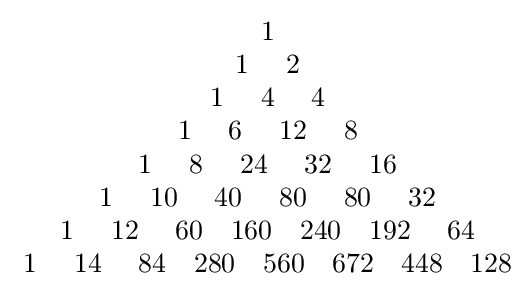
{\begin{matrix}{\text{  1}}\\{\text{  1}}\quad {\text{  2}}\\{\text{  1}}\quad {\text{  4}}\quad {\text{  4}}\\{\text{  1}}\quad {\text{  6}}\quad {\text{ 12}}\quad {\text{  8}}\\{\text{  1}}\quad {\text{  8}}\quad {\text{ 24}}\quad {\text{ 32}}\quad {\text{ 16}}\\{\text{  1}}\quad {\text{ 10}}\quad {\text{ 40}}\quad {\text{ 80}}\quad {\text{ 80}}\quad {\text{ 32}}\\{\text{  1}}\quad {\text{ 12}}\quad {\text{ 60}}\quad 160\quad 240\quad 192\quad {\text{ 64}}\\{\text{  1}}\quad {\text{ 14}}\quad {\text{ 84}}\quad 280\quad 560\quad 672\quad 448\quad 128\end{matrix}}